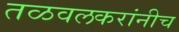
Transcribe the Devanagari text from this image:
तळवलकरांनीच